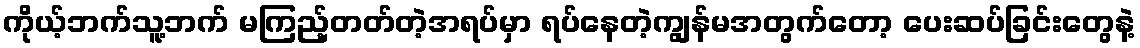
ကိုယ့်ဘက်သူ့ဘက် မကြည့်တတ်တဲ့အရပ်မှာ ရပ်နေတဲ့ကျွန်မအတွက်တော့ ပေးဆပ်ခြင်းတွေနဲ့